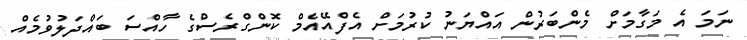
ނަމަ އެ މަގާމަށް މެންބަރުން އައްޔަނު ކުރުމަށް އެފްއޭއެމް ކޮންގްރެސްގެ ހާއްސަ ބައްދަލުވުމެއް